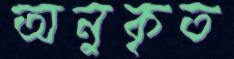
অনুকৃত